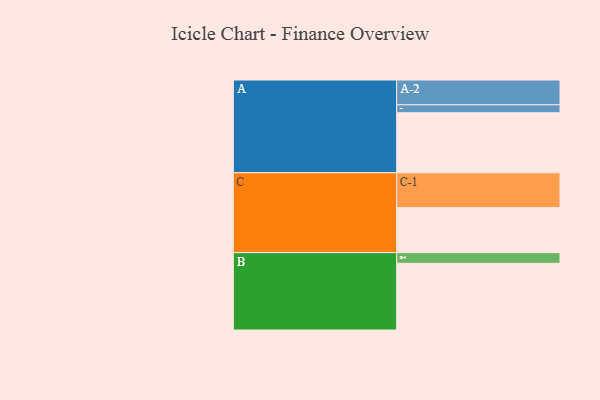
{"axis": {"x": "Segment", "y": "Value"}, "legend": ["", "A", "B", "C"], "data": [{"x": "A", "y": 460, "type": ""}, {"x": "B", "y": 511, "type": ""}, {"x": "C", "y": 346, "type": ""}, {"x": "A-1", "y": 61, "type": "A"}, {"x": "A-2", "y": 190, "type": "A"}, {"x": "B-1", "y": 82, "type": "B"}, {"x": "C-1", "y": 266, "type": "C"}]}